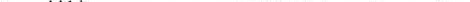
green kid is so easy. ___